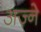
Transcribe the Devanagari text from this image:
अज़्ने